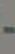
-